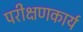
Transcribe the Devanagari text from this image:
परीक्षणकार्य